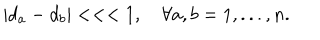
LaTeX: \left| d _ { a } - d _ { b } \right| < < < 1 , \quad \forall a , b = 1 , . . . , n .